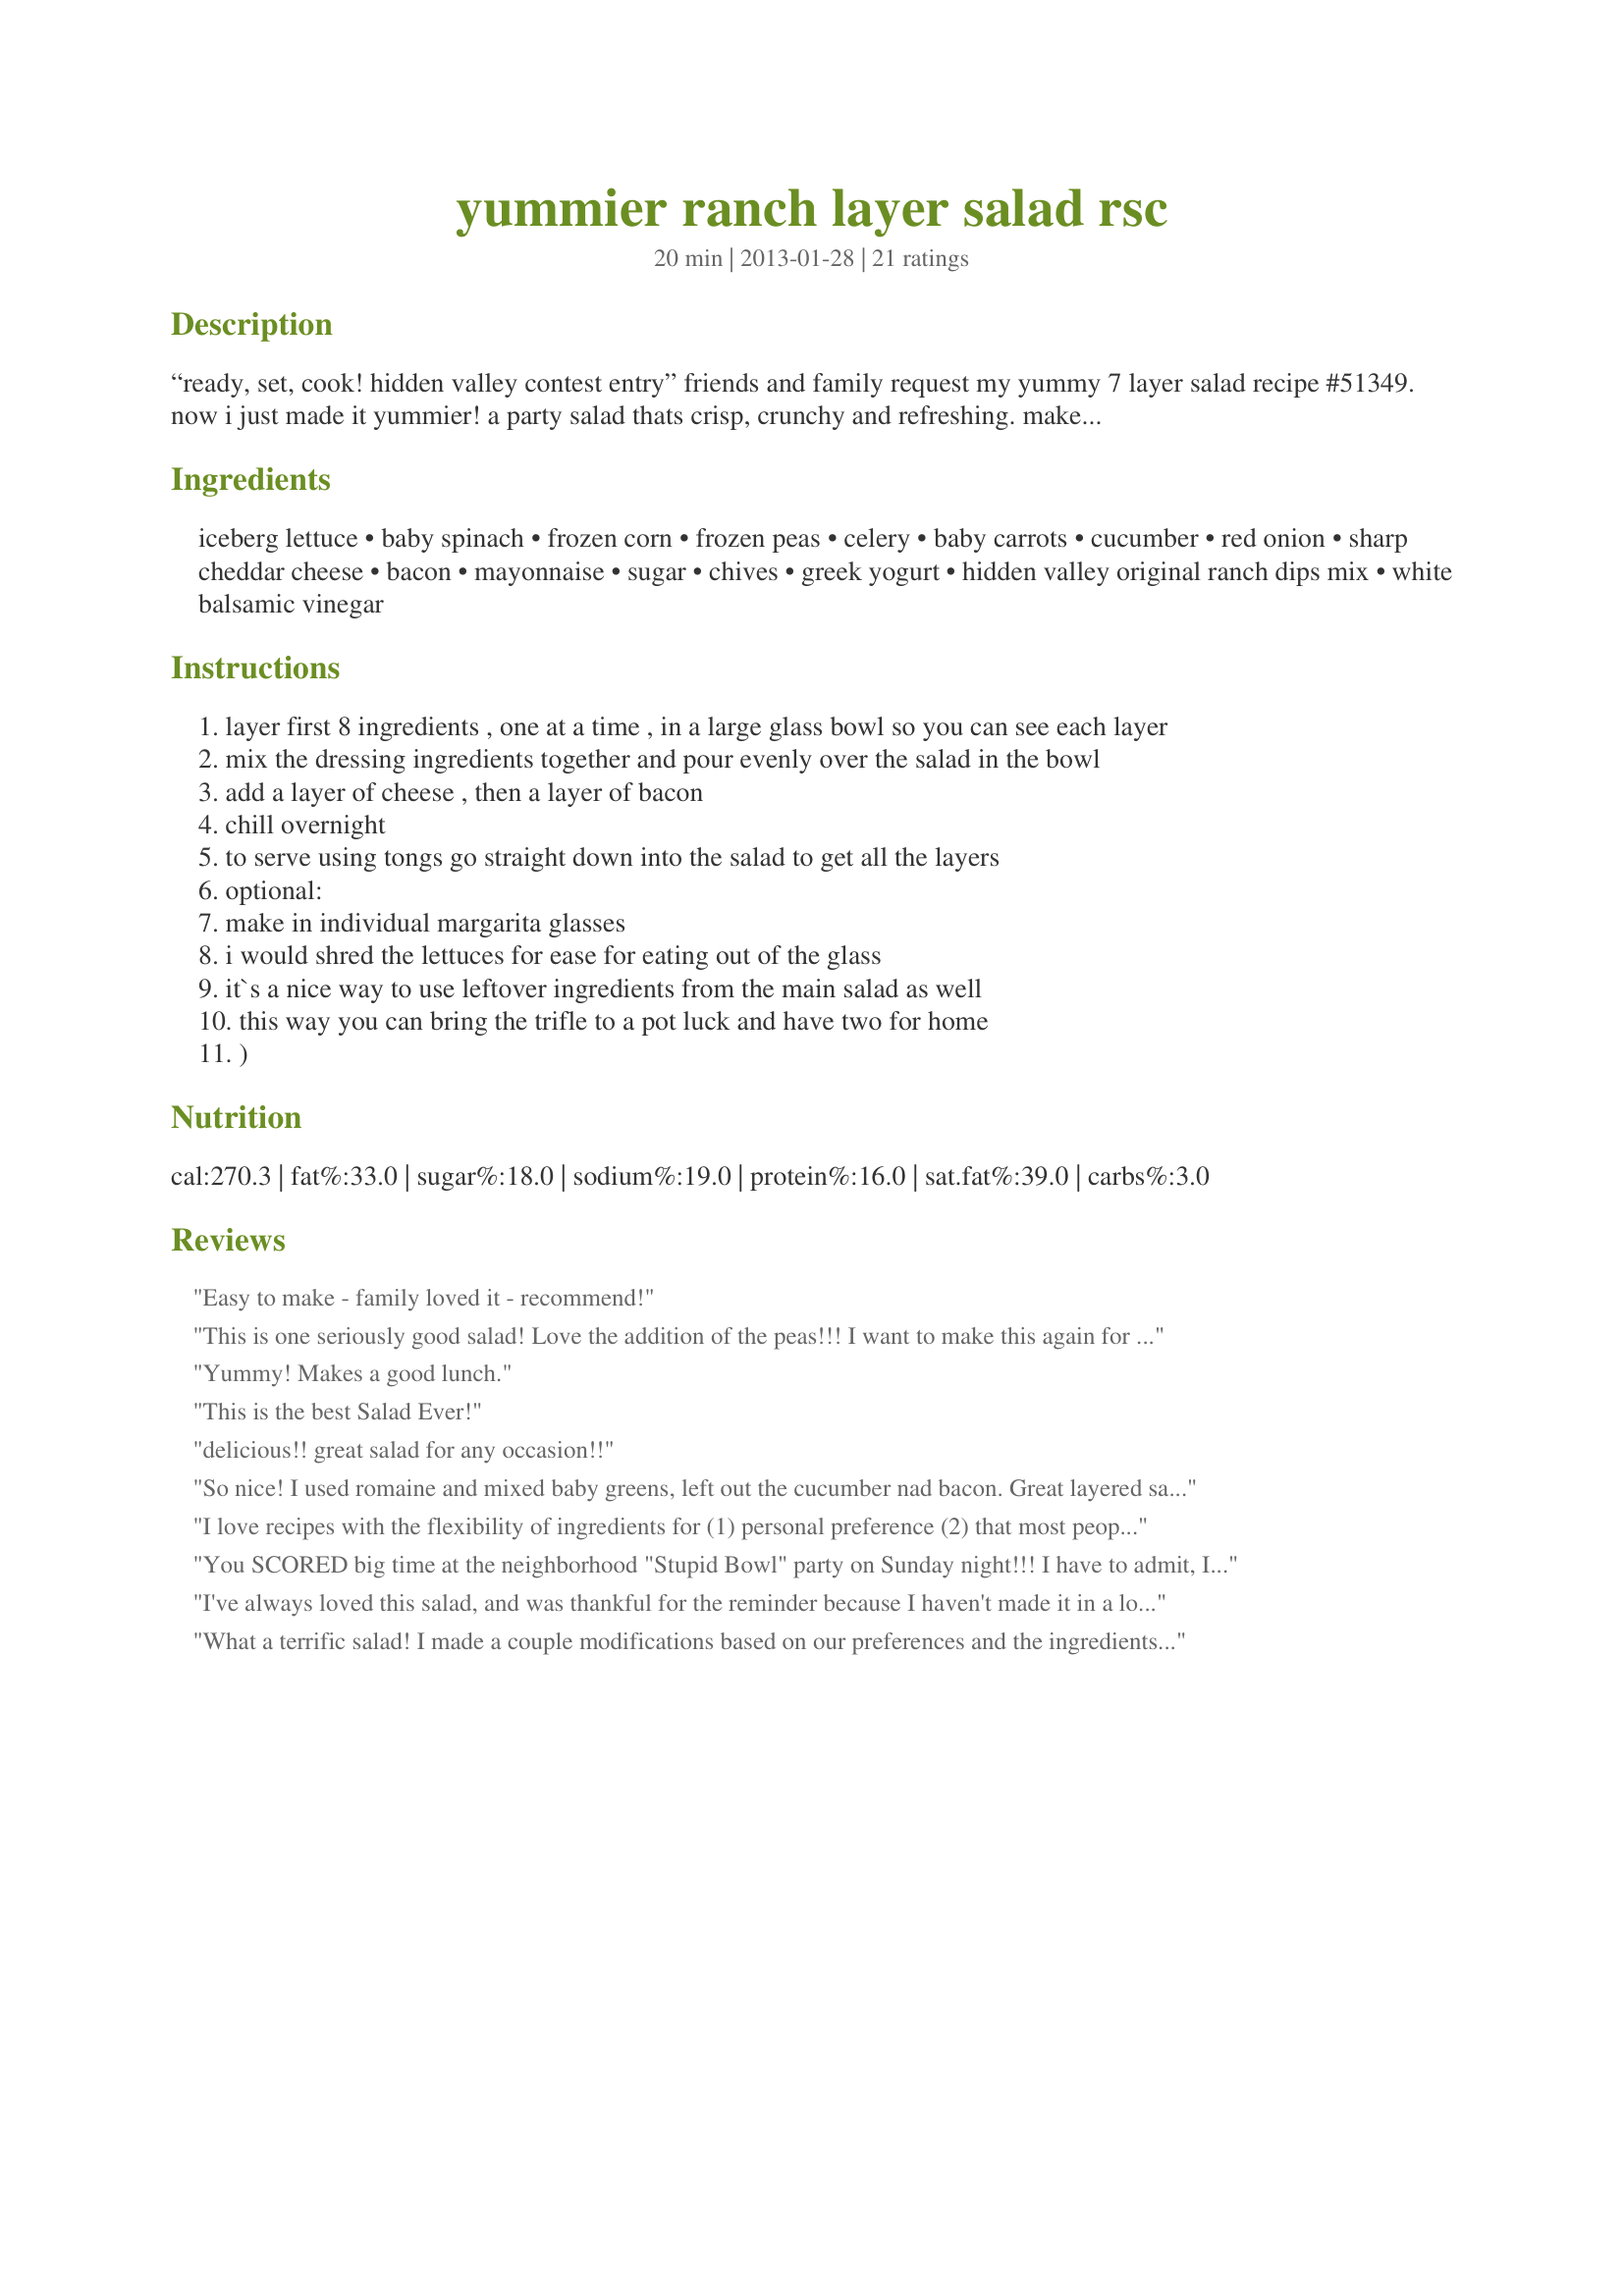
yummier ranch layer salad rsc
Preparation time: 20 minutes

“ready, set, cook! hidden valley contest entry” friends and family request my yummy 7 layer salad recipe #51349. now i just made it yummier! a party salad thats crisp, crunchy and refreshing. make the day before for ease of the party day. travels well so make it, bring it and watch it disappear. recipe #107440 is an easy method and tasty on the salad.

Ingredients:
iceberg lettuce, baby spinach, frozen corn, frozen peas, celery, baby carrots, cucumber, red onion, sharp cheddar cheese, bacon, mayonnaise, sugar, chives, greek yogurt, hidden valley original ranch dips mix, white balsamic vinegar

Steps:
layer first 8 ingredients , one at a time , in a large glass bowl so you can see each layer
mix the dressing ingredients together and pour evenly over the salad in the bowl
add a layer of cheese , then a layer of bacon
chill overnight
to serve using tongs go straight down into the salad to get all the layers
optional:
make in individual margarita glasses
i would shred the lettuces for ease for eating out of the glass
it`s a nice way to use leftover ingredients from the main salad as well
this way you can bring the trifle to a pot luck and have two for home
)

Reviews:
Easy to make - family loved it - recommend!
This is one seriously good salad! Love the addition of the peas!!! I want to make this again for girls night in and use the margarita glasses.... we can use shot glasses for our tequila! ;)<br/>Thanks Rita for a perfect dinner!!!
Yummy! Makes a good lunch.
This is the best Salad Ever!
delicious!! great salad for any occasion!!
So nice! I used romaine and mixed baby greens, left out the cucumber nad bacon. Great layered salad. Thanks.
I love recipes with the flexibility of ingredients for (1) personal preference (2) that most people have on hand and (3) allow for easy substitution. Since it was difficult to layer everything in my shallow Margarita glasses, I combined all the veggies into a single layer except for the halved grape tomatoes that I added. I omitted the cucumber & iceberg lettuce as I didn't have any & I substitutued baked tortilla strips for the bacon. I made no changes to the dressing which was very tasty!<br/>This would be perfect dish for a pot luck ........... just reserve the dressing until serving time!
You SCORED big time at the neighborhood "Stupid Bowl" party on Sunday night!!! I have to admit, I left out the celery (because I just don't like it). I shredded the carrot on my cheese grater (which I used a "medium cheddar cheese" by the way) just for the fact I cannot eat anything to hard. It turned out wonderful! It was so pretty. (I used 2 - 9x9 clear Pyrex dishes for assembly). I wish I would've taken a photo. (Next time I will). Thanks for a delicious salad that I got to share with my friends. Everyone loved it!
I've always loved this salad, and was thankful for the reminder because I haven't made it in a long time! I liked it even better with Ranch! Now I have an even better excuse to make it moe often! Nice job, Rita!
What a terrific salad! I made a couple modifications based on our preferences and the ingredients I had on hand.(no peas, shredded carrots, white onion, white wine vinegar). I love how flexible the recipe is. Thanks so much.
This is a great recipe. It taste reall good and it is easy to make. I made this for a party and it traveled well and it staqyed good for a couple of days. The people I made this for wants the recipe and I told her where she could find it. Rita you have done it again. This salad is really really GOOD! Keep up the great recipes.<br/><br/>Dolly K
Yum!
Oh my goodness this is so pretty looking and it is also so good for you. Everyone commented on this when we had some. Hmmmm hmmm Hmmm.<br/>I do love this salad. I can always count on Rita to deliver it to the family :)<br/><br/>(I had a hard time commenting on this salad in the right place. at last I got it.)
Wonderful, fresh, and boasting with tons of flavor. I used this for a Fox-hunting tea, and it was gobbled up so fast, I wish I had made more. The only change was using chickepeas instead of corn, otherwise stayed true to the recipe. The dressing is the bomb! Perfect in everyway. Thanks, Rita!
This was delicious, we had it for a late lunch today. I love the mix of spinach and iceberg lettuce, it makes for a crunchier salad, and the bacon mixed with the ranch dressing just sent it over the top! Yummy, thanks Rita! <3
An awesome salad! One of my absolute faves. This is very versatile, it is easy to change a few of the vegetables.
Very good salad!
Rita made this for my housewarming party and it was delicious! My boyfriend loves it and so does my mom.
Loved the presentation of serving in margarita glasses! They made a nice addition to a Valentine Dinner for two. I made a full batch of the dressing and used it on other salads.
This is a wonderful salad with so many flavors and textures.
Delicious salad. I omitted the corn. I also chose to grate the carrot and used extra old cheddar.
